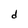
Character: d